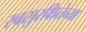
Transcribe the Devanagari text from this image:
स्वसुरक्षितेच्या